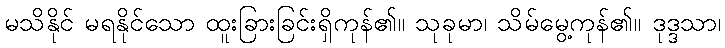
မသိနိုင် မရနိုင်သော ထူးခြားခြင်းရှိကုန်၏။ သုခုမာ၊ သိမ်မွေ့ကုန်၏။ ဒုဒ္ဒသာ၊